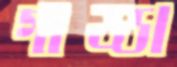
গাড্ডা